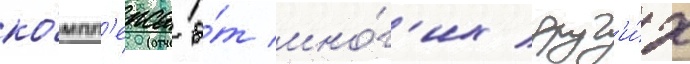
ко́мпл'екса о́т мно́г'их друг'и́х